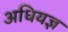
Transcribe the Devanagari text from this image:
अधियज्ञ